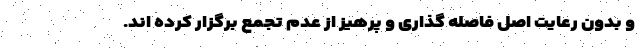
و بدون رعایت اصل فاصله گذاری و پرهیز از عدم تجمع برگزار کرده اند.